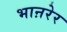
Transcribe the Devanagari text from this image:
भाऩरेर